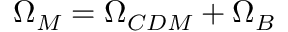
\Omega _ { M } = \Omega _ { C D M } + \Omega _ { B }